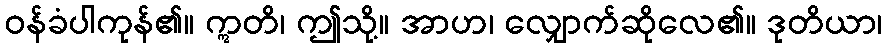
ဝန်ခံပါကုန်၏။ ဣတိ၊ ဤသို့။ အာဟ၊ လျှောက်ဆိုလေ၏။ ဒုတိယာ၊